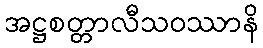
အဋ္ဌစတ္တာလီသဝဿာနိ